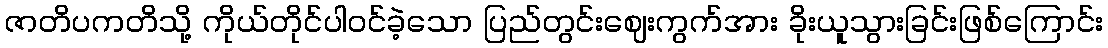
ဇာတိပကတိသို့ ကိုယ်တိုင်ပါဝင်ခဲ့သော ပြည်တွင်းဈေးကွက်အား ခိုးယူသွားခြင်းဖြစ်ကြောင်း